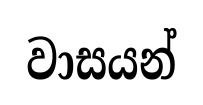
වාසයන්